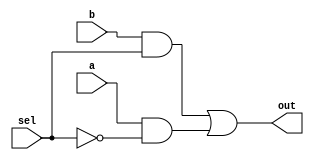

module MUX2_1 (a, b, sel, out);	 
	input a, b, sel;
	output out;
	wire w1, w2, w3;
	and and1(w1, b, sel);
	not not1(w3, sel);
	and and2(w2, a, w3);
	or or1(out, w1, w2);
endmodule